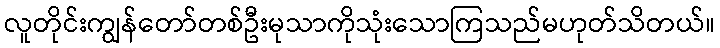
လူတိုင်းကျွန်တော်တစ်ဦးမုသာကိုသုံးသောကြသည်မဟုတ်သိတယ်။